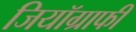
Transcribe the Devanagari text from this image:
जियॉग्राफी